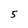
Character: 5